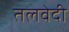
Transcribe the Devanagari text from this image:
तलवेदी